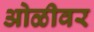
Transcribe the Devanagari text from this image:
ओळीवर